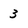
Character: 3